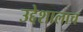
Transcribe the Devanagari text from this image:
उद्देशालाच